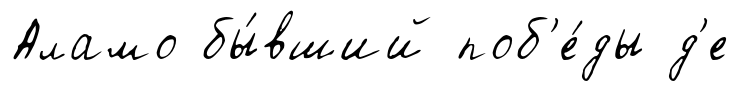
Аламо бы́вший поб'е́ды д'е